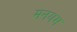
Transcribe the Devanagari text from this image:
मनयम